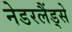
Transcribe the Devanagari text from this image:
नेडरलैंड्से